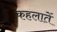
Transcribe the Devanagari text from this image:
कहलातें